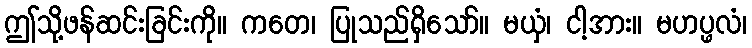
ဤသို့ဖန်ဆင်းခြင်းကို။ ကတေ၊ ပြုသည်ရှိသော်။ မယှံ၊ ငါ့အား။ မဟပ္ဖလံ၊